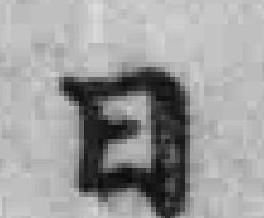
日